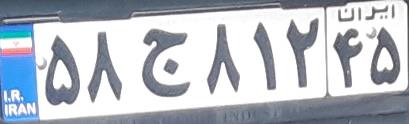
۵۸ج۸۱۲۴۵